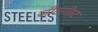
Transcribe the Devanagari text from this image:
जीटगीस्ट